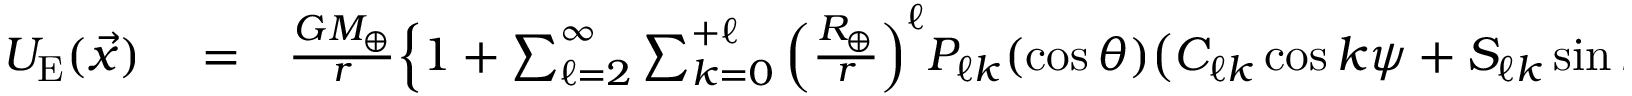
\begin{array} { r l r } { U _ { \mathrm { E } } ( \vec { x } ) } & { { } = } & { \frac { G M _ { \oplus } } { r } \Big \{ 1 + \sum _ { \ell = 2 } ^ { \infty } \sum _ { k = 0 } ^ { + \ell } \Big ( \frac { R _ { \oplus } } { r } \Big ) ^ { \ell } P _ { \ell k } ( \cos \theta ) \big ( C _ { \ell k } \cos k \psi + S _ { \ell k } \sin k \psi \big ) \Big \} = } \end{array}